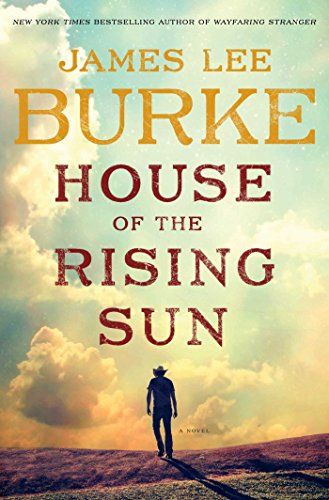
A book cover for House of the Rising Sun: A Novel (A Holland Family Novel); James Lee Burke; Mystery, Thriller & Suspense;